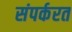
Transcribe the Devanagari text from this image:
संपर्करत